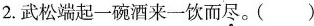
2.武松端起一碗酒来一饮而尽。()